Malaria in the Duars
Disease focus: Malaria
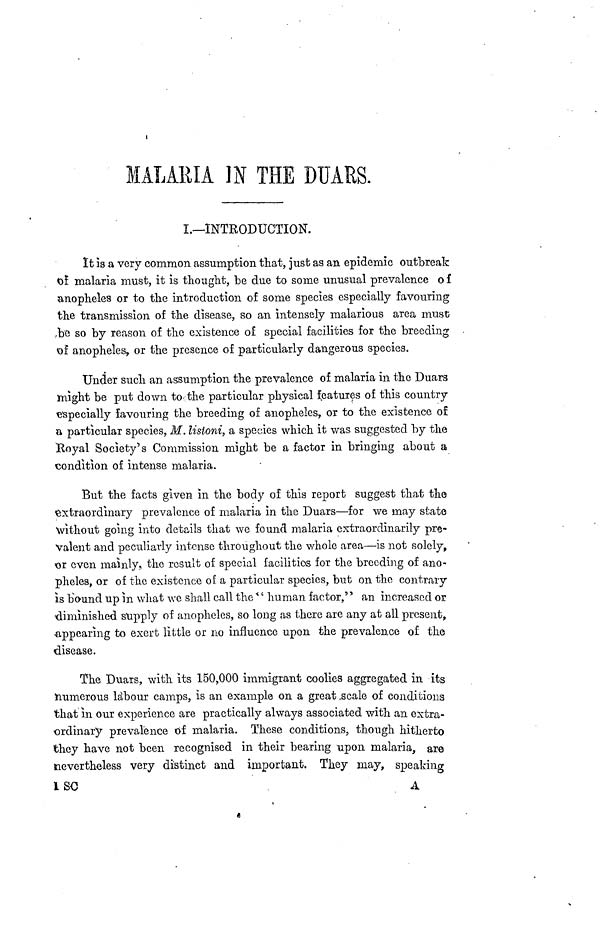
MALARIA IN THE DUARS.
I.—INTRODUCTION.
It is a very common assumption that, just as an epidemic outbreak
of malaria must, it is thought, be due to some unusual prevalence of
anopheles or to the introduction of some species especially favouring
the transmission of the disease, so an intensely malarious area must
be so by reason of the existence of special facilities for the breeding
of anopheles, or the presence of particularly dangerous species.
Under such an assumption the prevalence of malaria in the Duars
might be put down to the particular physical features of this country
especially favouring the breeding of anopheles, or to the existence of
a particular species, M. listoni, a species which it was suggested by the
Royal Society's Commission might be a factor in bringing about a
condìtìon of intense malaria.
But the facts given in the body of this report suggest that the
extraordìnary prevalence of malaria in the Duars—for we may state
without going into details that we found malaria extraordinarily pre-
valent and peculiarly intense throughout the whole area—is not solely,
or even maìnly, the result of special facilitios for the breeding of ano-
pheles, or of the existence of a partìcular species, but on the contrary
is bound up in what we shall call the " human factor,'' an increased or
diminished supply of anopheles, so long as there are any at all present,
appearing to exert little or no influence upon the prevalence of the
disease.
The Duars, with its 150,000 immigrant coolies aggregated in its
numerous làbour camps, is an example on a great scale of conditions
that in our experience are practically always associated with an extra-
ordinary prevalence of malaria. These conditions, though hitherto
they have not been recognised in their bearing upon malaria, are
nevertheless very distinct and important. They may, speaking
1 SC
A